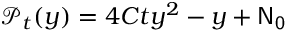
\mathcal { P } _ { t } ( y ) = 4 C t y ^ { 2 } - y + \mathsf { N _ { 0 } }